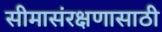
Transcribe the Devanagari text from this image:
सीमासंरक्षणासाठी